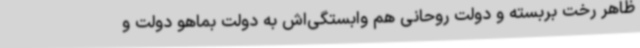
ظاهر رخت بربسته و دولت روحانی هم وابستگی‌اش به دولت بماهو دولت و